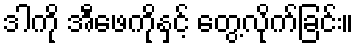
ဒါကို အီဖေကိုနှင့် တွေ့လိုက်ခြင်း။